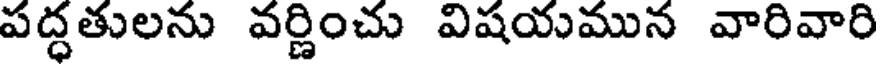
పద్ధతులను వర్ణించు విషయమున వారివారి